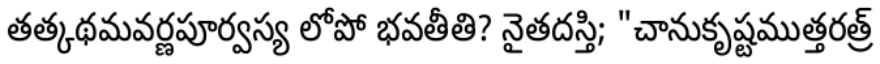
తత్కథమవర్ణపూర్వస్య లోపో భవతీతి? నైతదస్తి; "చానుకృష్టముత్తరత్ర్